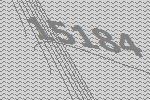
15184